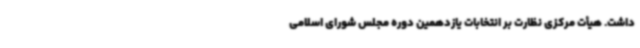
داشت. هیأت مرکزی نظارت بر انتخابات یازدهمین دوره مجلس شورای اسلامی